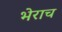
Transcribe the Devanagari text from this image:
भेराच